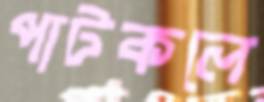
পাটকলে